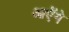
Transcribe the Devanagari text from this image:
आऐंगे